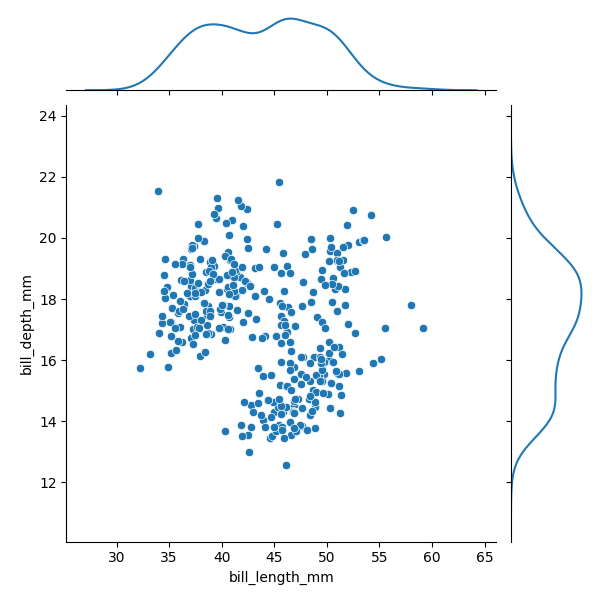
python, seaborn, JointGrid, scatterplot, kdeplot